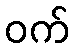
ဝက်